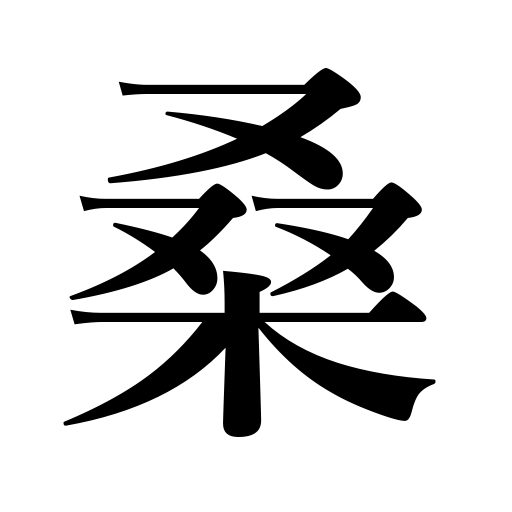
Meanings: mulberry